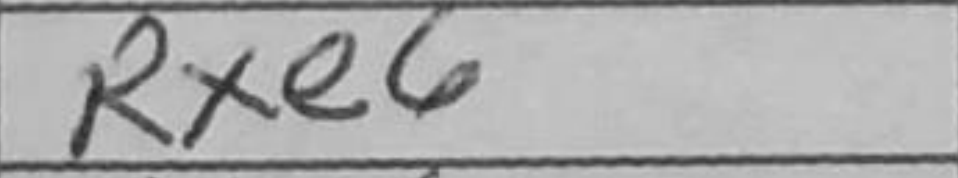
Transcription: Rxe6